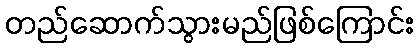
တည်ဆောက်သွားမည်ဖြစ်ကြောင်း